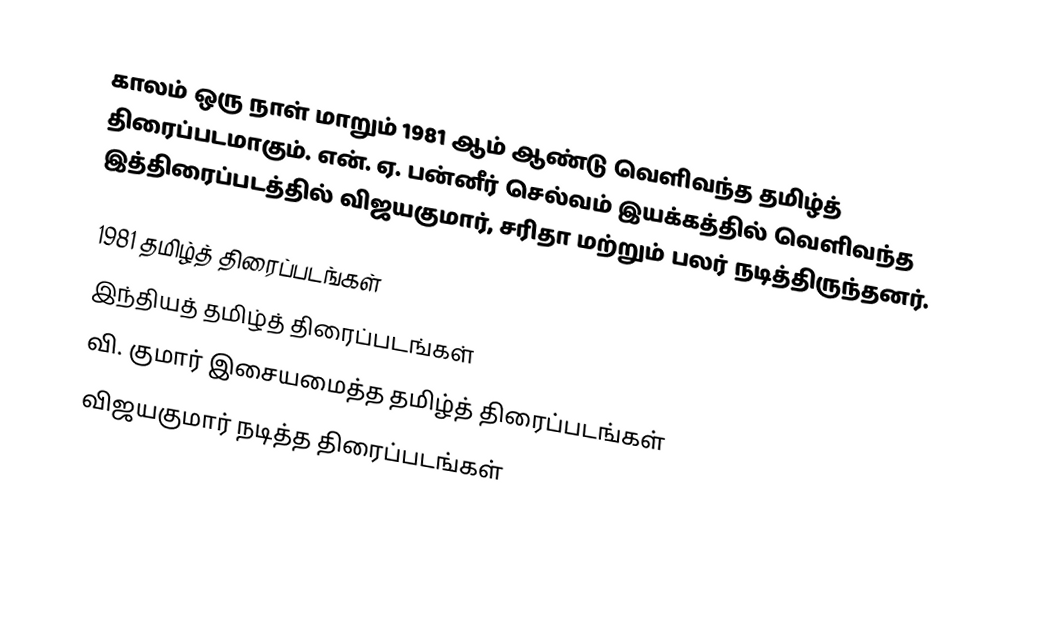
காலம் ஒரு நாள் மாறும் 1981 ஆம் ஆண்டு வெளிவந்த தமிழ்த் திரைப்படமாகும். என். ஏ. பன்னீர் செல்வம் இயக்கத்தில் வெளிவந்த இத்திரைப்படத்தில் விஜயகுமார், சரிதா மற்றும் பலர் நடித்திருந்தனர்.

1981 தமிழ்த் திரைப்படங்கள்
இந்தியத் தமிழ்த் திரைப்படங்கள்
வி. குமார் இசையமைத்த தமிழ்த் திரைப்படங்கள்
விஜயகுமார் நடித்த திரைப்படங்கள்